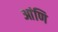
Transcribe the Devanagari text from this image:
आंणि